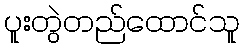
ပူးတွဲတည်ထောင်သူ